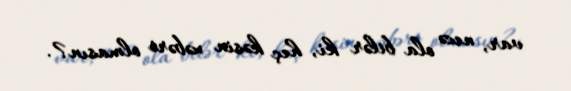
var, necə ola bilər ki, heç kəsin xəbəri olmasın?.